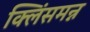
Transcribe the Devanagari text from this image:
क्लिंसमन्न